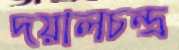
দয়ালচন্দ্র